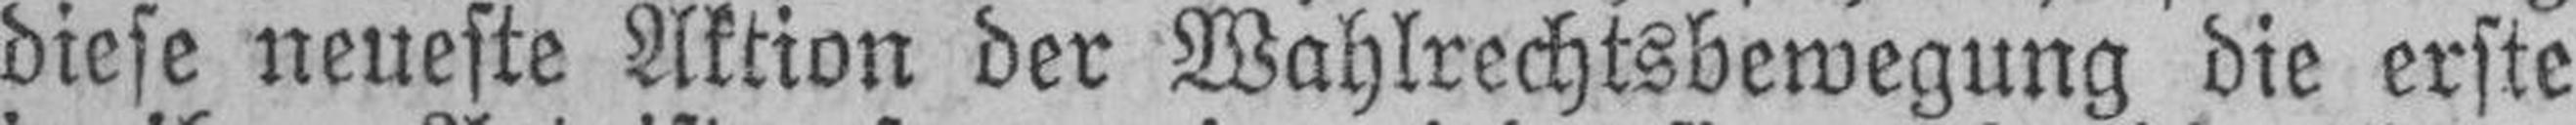
diese neueste Aktion der Wahlrechtsbewegung die erste